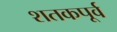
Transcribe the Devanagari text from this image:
शतकपूर्व